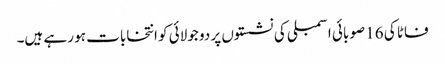
فاٹا کی 16 صوبائی اسمبلی کی نشستوں پر دو جولائی کو انتخابات ہو رہے ہیں۔